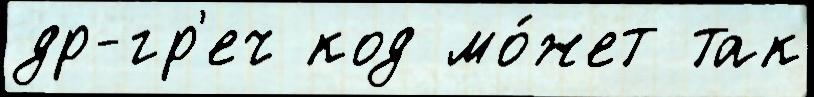
др-гр'еч код мо́жет так